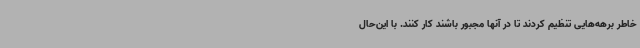
خاطر برهه‌هایی تنظیم کردند تا در آنها مجبور باشند کار کنند. با این‌حال